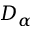
D _ { \alpha }